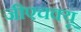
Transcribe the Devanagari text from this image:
जीएचक्यू